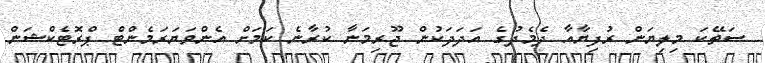
ސަތޭކަ މިލިޔަން ރުފިޔާއާ ދެމެދުގެ އަދަދަކުން ޖޫރިމަނާ ކުރާނެ ކަމަށް އެންވަޔަރަމެންޓް ޕްރޮޓެކްޝަން